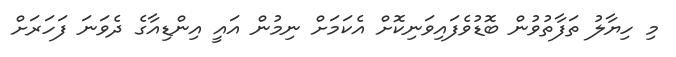
މި ހިޔާލު ތަފާތުވުން ބޮޑުވެފައިވަނިކޮށް އެކަމަށް ނިމުން އައީ އިންޑިއާގެ ދެވަނަ ފަހަރަށް